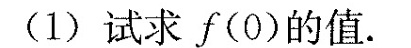
（1）试求f(0)的值.